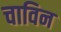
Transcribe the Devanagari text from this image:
चाविन